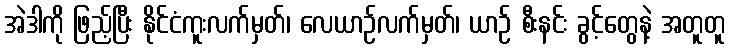
အဲဒါကို ဖြည့်ပြီး နိုင်ငံကူးလက်မှတ်၊ လေယာဉ်လက်မှတ်၊ ယာဉ် စီးနင်း ခွင့်တွေနဲ့ အတူတူ